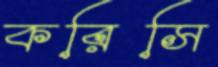
করিসি